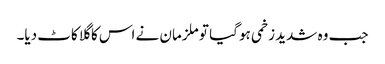
جب وہ شدید زخمی ہو گیا تو ملزمان نے اس کا گلا کاٹ دیا۔